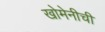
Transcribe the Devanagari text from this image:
खोमेनीची